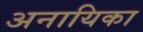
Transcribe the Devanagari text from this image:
अनायिका